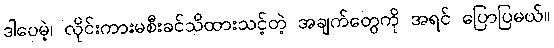
ဒါပေမဲ့၊ လိုင်းကားမစီးခင်သိထားသင့်တဲ့ အချက်တွေကို အရင် ပြောပြမယ်။